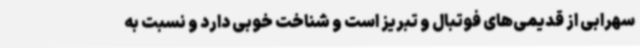
سهرابی از قدیمی‌های فوتبال و تبریز است و شناخت خوبی دارد و نسبت به